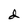
Character: d